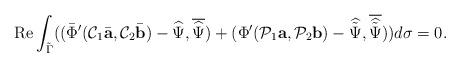
LaTeX: \begin{align*}\mbox{Re} \int_{\tilde \Gamma}((\bar\Phi'(\mathcal C_1\bar{\mbox{\bf a}},\mathcal C_2\bar{\mbox{\bf b}})-\widehat { \Psi},\overline{\widehat { \Psi}})+(\Phi'(\mathcal P_1 {\mbox{\bf a}},\mathcal P_2 {\mbox{\bf b}})-\widehat{ \tilde\Psi},\overline{\widehat {\tilde\Psi}}))d\sigma=0.\end{align*}